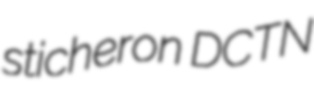
sticheron DCTN